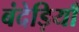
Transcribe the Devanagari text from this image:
बंदेड़ियाँ